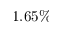
1 . 6 5 \%